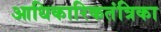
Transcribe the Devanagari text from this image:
आधिकारिकतंत्रिका